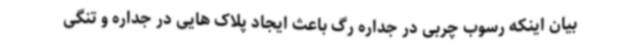
بیان اینکه رسوب چربی در جداره رگ باعث ایجاد پلاک هایی در جداره و تنگی